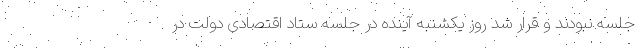
جلسه نبودند و قرار شد روز یکشنبه آینده در جلسه ستاد اقتصادی دولت در